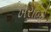
ખરાબો